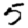
Digit: 5